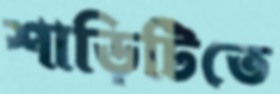
শাড়িটিতে